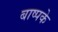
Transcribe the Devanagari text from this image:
बाष्पके